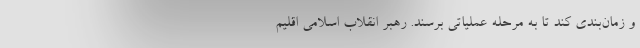
و زمان‌بندی کند تا به مرحله عملیاتی برسند. رهبر انقلاب اسلامی اقلیم